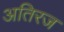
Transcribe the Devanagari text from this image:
अतिरज